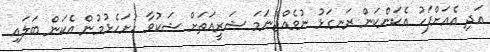
އަދި އެއަށްފަހު އެކަންކަން ރަނގަޅު ނުވެއްޖެނަމަ ޝަރީއަތަށް ޝަކުވާ ހުށަހެޅުމުން އެކަން ބަލައި